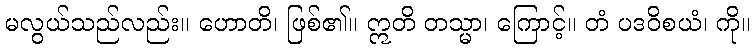
မလွယ်သည်လည်း။ ဟောတိ၊ ဖြစ်၏။ ဣတိ တသ္မာ၊ ကြောင့်။ တံ ပဒဝိစယံ၊ ကို။